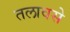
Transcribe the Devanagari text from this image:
तलावसे